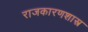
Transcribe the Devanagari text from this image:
राजकारणशास्त्र